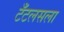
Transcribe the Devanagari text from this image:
टँटलसला